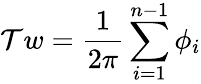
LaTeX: \mathcal{T}w=\frac{1}{2\pi}\sum_{i=1}^{n-1}\phi_{i}